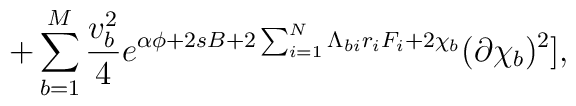
+\sum_{b=1}^M{v_b^2\over  4}e^{\alpha\phi+2sB+2\sum_{i=1}^N\Lambda_{bi}r_iF_i+2\chi_b}(\partial\chi_b)^2],